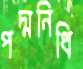
পদ্মনিধি